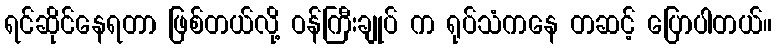
ရင်ဆိုင်နေရတာ ဖြစ်တယ်လို့ ဝန်ကြီးချုပ် က ရုပ်သံကနေ တဆင့် ပြောပါတယ်။